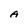
Character: A